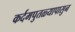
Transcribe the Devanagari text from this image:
कर्दमपुतळ्यापासुन